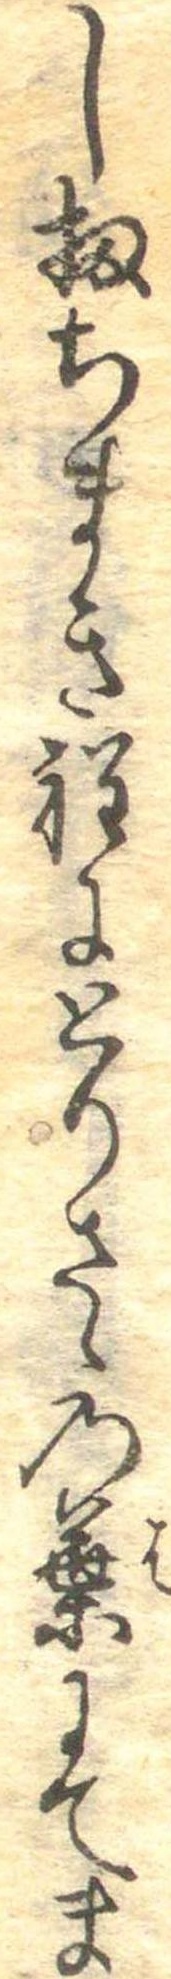
し扨ちまき程にとりさゝの葉にてま